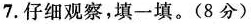
7.仔细观察，填一填。(8分)